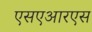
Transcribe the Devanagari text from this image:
एसएआरएस